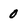
Character: 0